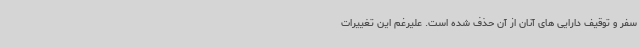
سفر و توقیف دارایی های آنان از آن حذف شده است. علیرغم این تغییرات